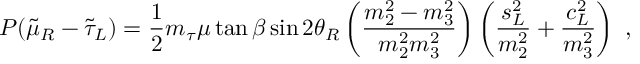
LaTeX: P ( \tilde { \mu } _ { R } - \tilde { \tau } _ { L } ) = \frac { 1 } { 2 } m _ { \tau } \mu \tan \beta \sin 2 \theta _ { R } \left( \frac { m _ { 2 } ^ { 2 } - m _ { 3 } ^ { 2 } } { m _ { 2 } ^ { 2 } m _ { 3 } ^ { 2 } } \right) \left( \frac { s _ { L } ^ { 2 } } { m _ { 2 } ^ { 2 } } + \frac { c _ { L } ^ { 2 } } { m _ { 3 } ^ { 2 } } \right) \ ,